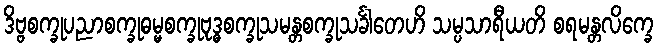
ဒိဗ္ဗစက္ခုပညာစက္ခုဓမ္မစက္ခုဗုဒ္ဓစက္ခုသမန္တစက္ခုသင်္ခါတေဟိ သမ္ပသာရီယတိ စရမန္တလိက္ခေ